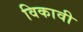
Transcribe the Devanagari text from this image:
विकावी